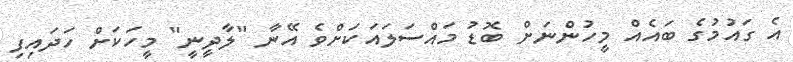
އެ ގައުމުގެ ބައެއް މީހުންނަށް ބޮޑު މައްސަލައަކަށްވެ އޭނާ "ލާދީނީ" މީހަކަށް ހަދައިފި